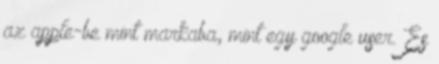
az apple-be mint markaba, mint egy google user. Es